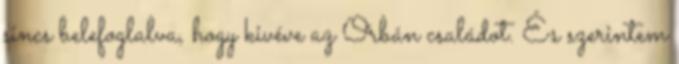
sincs belefoglalva, hogy kivéve az Orbán családot. És szerintem